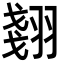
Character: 𮋇